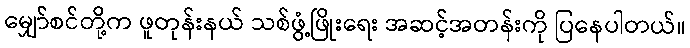
မျှော်စင်တို့က ဖူတုန်းနယ် သစ်ဖွံ့ဖြိုးရေး အဆင့်အတန်းကို ပြနေပါတယ်။